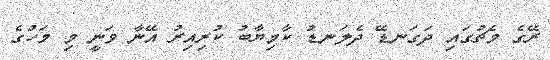
ރޭގެ މެޗުގައި ދަގަނޑޭ ދެލަނޑު ކާމިޔާބު ކުރިއިރު އޭނާ ވަނީ މި މަހުގެ